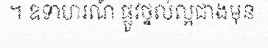
។ ឧទាហរណ៍ ផ្លូវថ្នល់ល្អជាងមុន